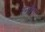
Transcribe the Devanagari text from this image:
रनौसा